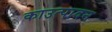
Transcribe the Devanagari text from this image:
काउत्पादन